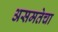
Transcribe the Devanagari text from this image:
असमतेचा